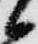
候